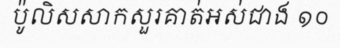
ប៉ូលិសសាកសួរគាត់អស់ជាង ១០